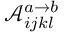
\mathscr { A } _ { i j k l } ^ { a \rightarrow b }